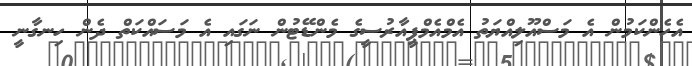
އެހެންކަމުން އެ މަސްއޫލިއްޔަތު އެމްއެމްޕީއާރުސީގެ މެންޑޭޓުން ނަގައި އެ މަސައްކަތް ދެން ހިނގާނީ